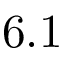
6 . 1